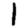
Digit: 1